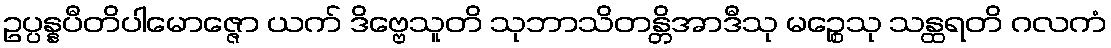
ဥပ္ပန္နပီတိပါမောဇ္ဇော ယက် ဒိဗ္ဗေသူတိ သုဘာသိတန္တိအာဒီသု မဉ္စေသု သန္ထရတိ ဂလကံ